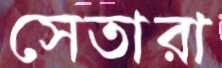
সেতারা